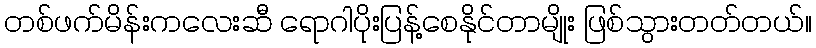
တစ်ဖက်မိန်းကလေးဆီ ရောဂါပိုးပြန့်စေနိုင်တာမျိုး ဖြစ်သွားတတ်တယ်။